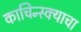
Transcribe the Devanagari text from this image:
काचिन्स्क्याचा